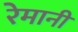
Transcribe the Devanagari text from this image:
रेमानी